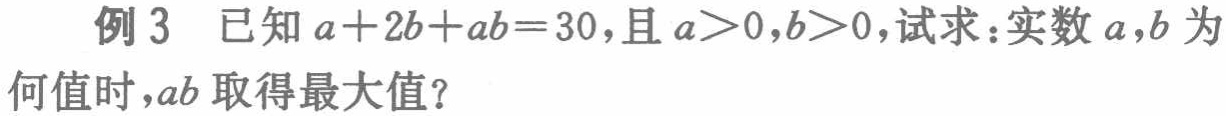
例 3 已知 \(a + 2b + ab = 30\)，且 \(a>0,b>0\)，试求：实数 \(a,b\) 为何值时，\(ab\) 取得最大值？